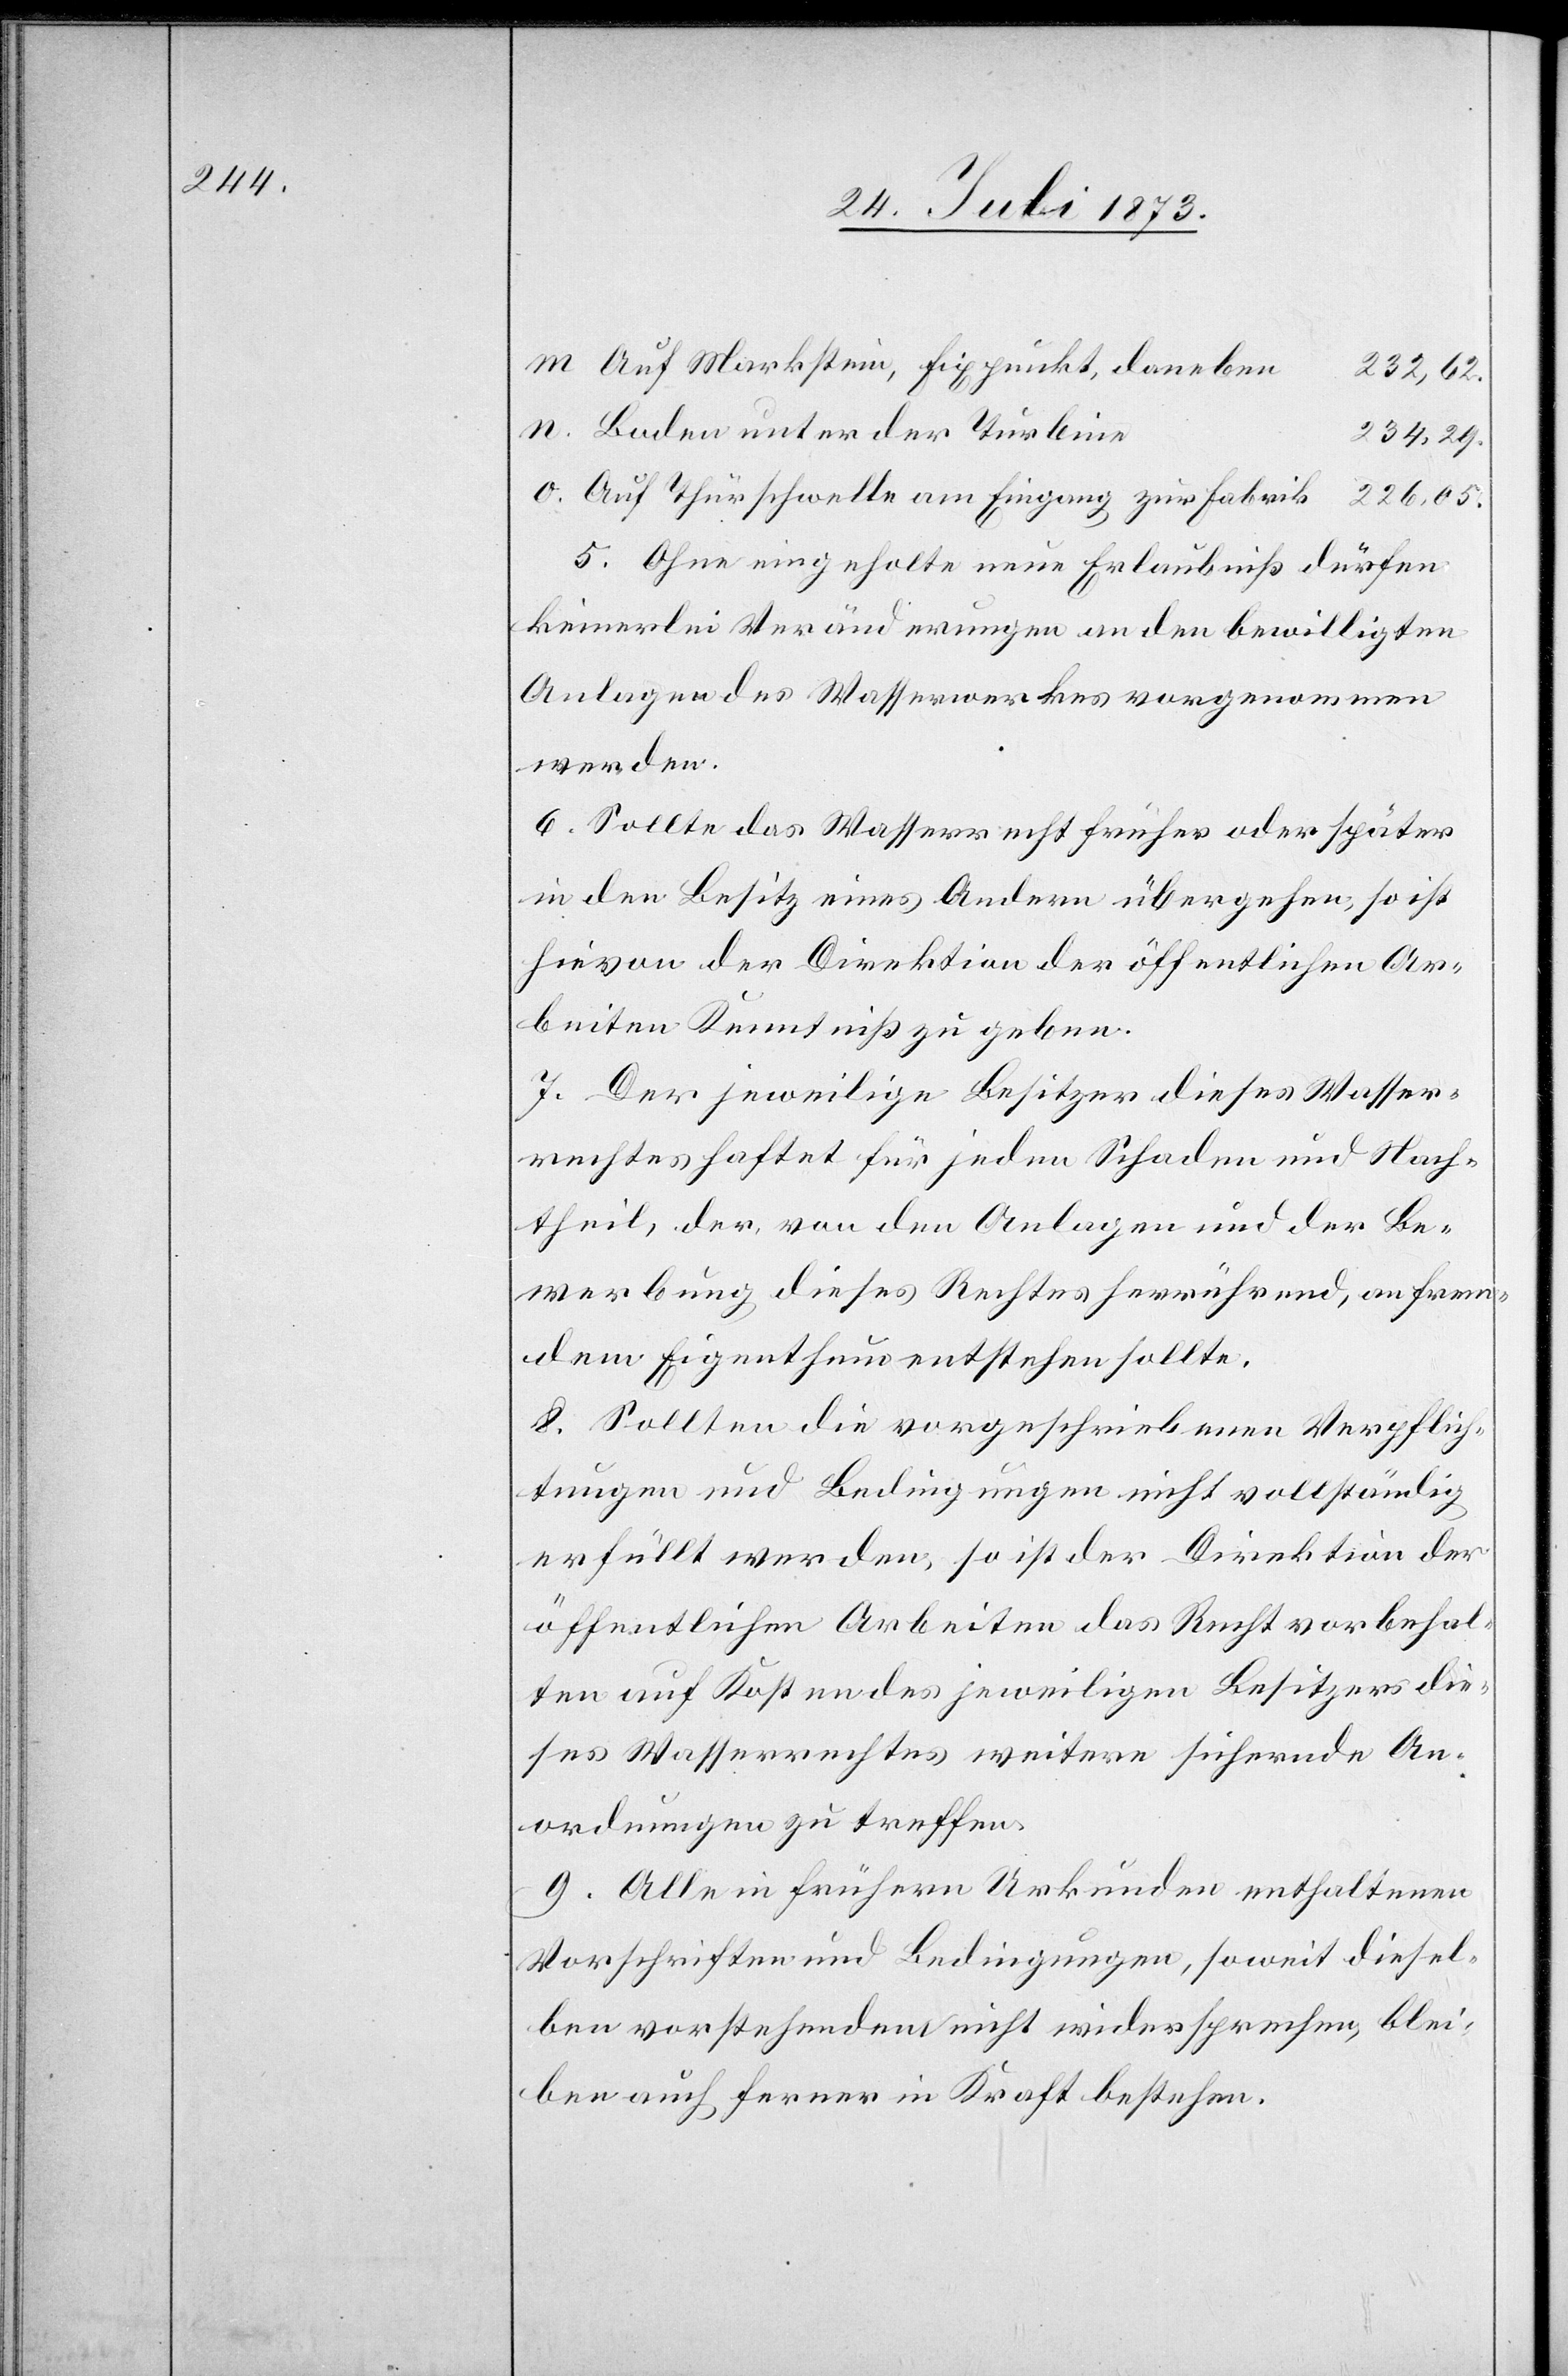
Auf Markstein, Fixpunkt, daneben
232,62.
Boden unter der Turbine
234,29.
Auf Thürschwelle am Eingang zur Fabrik
5. Ohne eingeholte neue Erlaubniß dürfen
keinerlei Veränderungen an den bewilligten
Anlagen des Wasserwerkes vorgenommen
werden.
6. Sollte das Wasserrecht früher oder später
in den Besitz eines Andern übergehen, so ist
hievon der Direktion der öffentlichen Ar¬
beiten Kenntniß zu geben.
7. Der jeweilige Besitzer dieses Wasser¬
rechtes haftet für jeden Schaden und Nach¬
theil, der, von den Anlagen und der Be¬
werbung dieses Rechtes herrührend, an frem¬
dem Eigenthum entstehen sollte.
8. Sollten die vorgeschriebenen Verpflich¬
tungen und Bedingungen nicht vollständig
erfüllt werden, so ist der Direktion der
öffentlichen Arbeiten das Recht vorbehal¬
ten auf Kosten des jeweiligen Besitzers die¬
ses Wasserrechtes weitere sichernde An¬
ordnungen zu treffen.
9. Alle in frühern Urkunden enthaltenen
Vorschriften und Bedingungen, soweit diesel¬
ben vorstehendem nicht widersprechen, blei¬
ben auch ferner in Kraft bestehen.